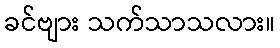
ခင်ဗျား သက်သာသလား။